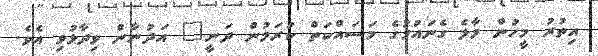
އިތުރު މީހުން މާލެ ގެނައުމުގެ މަސައްކަތް ކުރަމުން ދަނީ" އަދުނާން ވިދާޅުވި އެވެ.